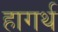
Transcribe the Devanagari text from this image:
हागर्थ